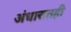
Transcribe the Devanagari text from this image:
अंधारातही